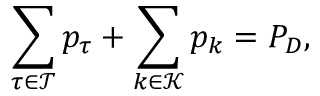
\sum _ { \tau \in \mathcal { T } } p _ { \tau } + \sum _ { k \in \mathcal { K } } p _ { k } = P _ { D } ,